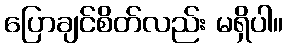
ပြောချင်စိတ်လည်း မရှိပါ။